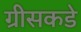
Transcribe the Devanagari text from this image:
ग्रीसकडे